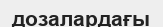
дозалардағы